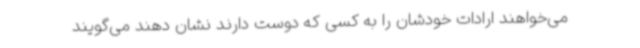
می‌خواهند ارادات خودشان را به کسی که دوست دارند نشان دهند می‌گویند